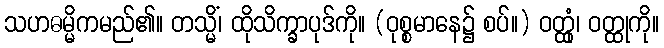
သဟဓမ္မိကမည်၏။ တသ္မိံ၊ ထိုသိက္ခာပုဒ်ကို။ (ဝုစ္စမာနေ၌ စပ်။) ဝတ္ထုံ၊ ဝတ္ထုကို။